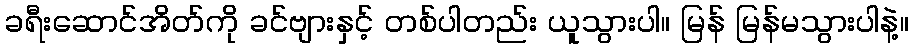
ခရီးဆောင်အိတ်ကို ခင်ဗျားနှင့် တစ်ပါတည်း ယူသွားပါ။ မြန် မြန်မသွားပါနဲ့။